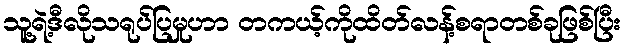
သူ့ရဲ့ဒီလိုသရုပ်ပြမှုဟာ တကယ့်ကိုထိတ်လန့်စရာတစ်ခုဖြစ်ပြီး